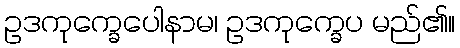
ဥဒကုက္ခေပေါနာမ၊ ဥဒကုက္ခေပ မည်၏။